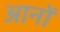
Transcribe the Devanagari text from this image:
आनों